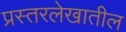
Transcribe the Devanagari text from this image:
प्रस्तरलेखातील